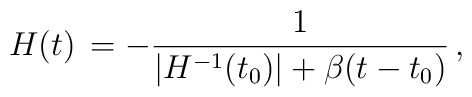
H(t) \, = - {1 \over {\vert H^{-1}(t_0) \vert + \beta (t - t_0)}} \, ,